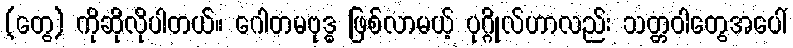
(တွေ) ကိုဆိုလိုပါတယ်။ ဂေါတမဗုဒ္ဓ ဖြစ်လာမယ့် ပုဂ္ဂိုလ်ဟာလည်း သတ္တဝါတွေအပေါ်